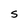
Character: S